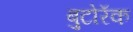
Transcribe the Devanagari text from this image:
बुटोरॅक